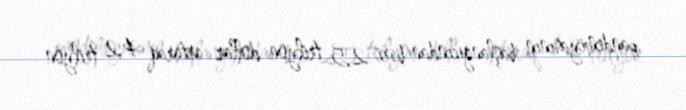
pandemiyasının başlanğıcından bəri 2,5 trilyon dollar artaraq 4,2 trilyon